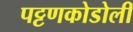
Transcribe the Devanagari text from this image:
पट्टणकोडोली